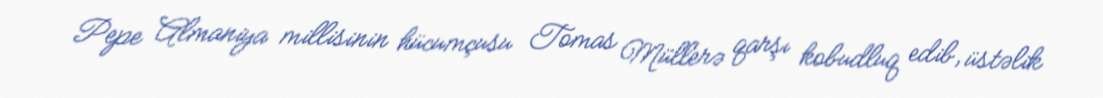
Pepe Almaniya millisinin hücumçusu Tomas Müllerə qarşı kobudluq edib, üstəlik